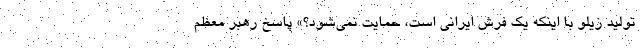
تولید زیلو با اینکه یک فرش ایرانی است، حمایت نمی‌شود؟» پاسخ رهبر معظم